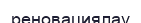
реновациялау